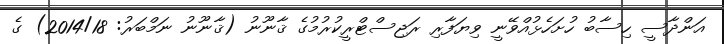
އަންދާސީ ހިސާބު ހުށަހެޅުއްވޭނީ ވިޔަފާރި ރަޖިސްޓްރީކުރުމުގެ ޤާނޫނު (ޤާނޫނު ނަމްބަރު: 2014/18) ގެ